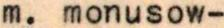
m. monusow-